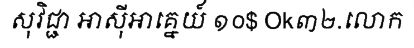
សុវិជ្ជា អាស៊ីអាគ្នេយ៍ ១០$ Ok៣២.លោក